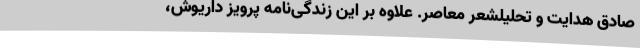
صادق هدایت و تحلیلشعر معاصر. علاوه بر این زندگی‌نامه پرویز داریوش،